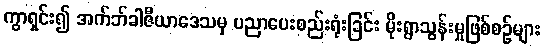
ကွာရှင်း၍ အက်ဘ်ခါဇီယာဒေသမှ ပညာပေးစည်းရုံးခြင်း မိုးရွာသွန်းမှုဖြစ်စဉ်များ